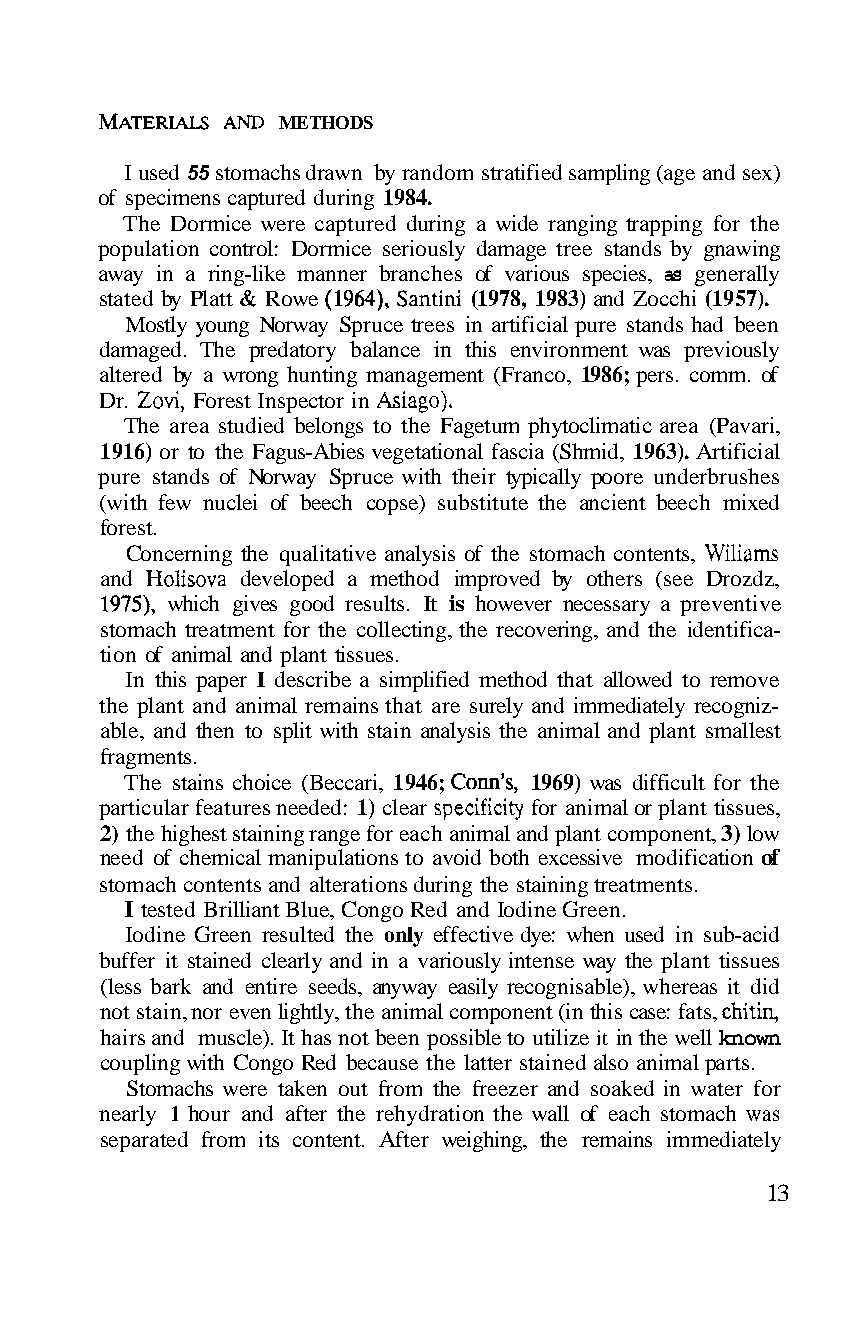
MATERIALS AND METHODS
 I used 55 stomachs drawn by random stratified sampling (age and sex)
 of specimens captured during 1984.
 The Dormice were captured during a wide ranging trapping for the
 population control: Dormice seriously damage tree stands by gnawing
 away in a ring-like manner branches of various species, as generally
 stated by Platt & Rowe (1964), Santini (1978, 1983) and Zocchi (1957).
 Mostly young Norway Spruce trees in artificial pure stands had been
 damaged. The predatory balance in this environment was previously
 altered by a wrong hunting management (Franco, 1986; pers. comm. of
 Dr. Zovi, Forest Inspector in Asiago).
 The area studied belongs to the Fagetum phytoclimatic area (Pavari,
 1916) or to the Fagus-Abies vegetational fascia (Shmid, 1963). Artificial
 pure stands of Norway Spruce with their typically poore underbrushes
 (with few nuclei of beech copse) substitute the ancient beech mixed
 forest.
 Concerning the qualitative analysis of the stomach contents, Wiliams
 and Holisova developed a method improved by others (see Drozdz,
 1975), which gives good results. It is however necessary a preventive
 stomach treatment for the collecting, the recovering, and the identifica-
 tion of animal and plant tissues.
 In this paper I describe a simplified method that allowed to remove
 the plant and animal remains that are surely and immediately recogniz-
 able, and then to split with stain analysis the animal and plant smallest
 fragments.
 The stains choice (Beccari, 1946; COM’S,1 969) was difficult for the
 particular features needed: 1) clear specificity for animal or plant tissues,
 2) the highest staining range for each animal and plant component, 3) low
 need of chemical manipulations to avoid both excessive modification of
 stomach contents and alterations during the staining treatments.
 I tested Brilliant Blue, Congo Red and Iodine Green.
 Iodine Green resulted the only effective dye: when used in sub-acid
 buffer it stained clearly and in a variously intense way the plant tissues
 (less bark and entire seeds, anyway easily recognisable), whereas it did
 not stain, nor even lightly, the animal component (in this case: fats, chitin,
 hairs and muscle). It has not been possible to utilize it in the well known
 coupling with Congo Red because the latter stained also animal parts.
 Stomachs were taken out from the freezer and soaked in water for
 nearly 1 hour and after the rehydration the wall of each stomach was
 separated from its content. After weighing, the remains immediately
 13